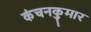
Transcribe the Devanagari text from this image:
कंचनकुमार